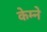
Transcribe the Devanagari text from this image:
केम्ने